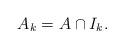
LaTeX: \begin{align*}A_k = A \cap I_k.\end{align*}